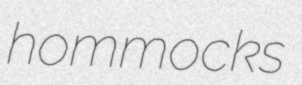
hommocks